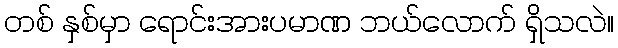
တစ် နှစ်မှာ ရောင်းအားပမာဏ ဘယ်လောက် ရှိသလဲ။